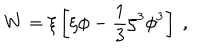
W = \xi \left[ \zeta \phi - { \frac { 1 } { 3 } } \zeta ^ { 3 } \phi ^ { 3 } \right] ~ ,